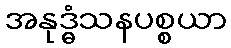
အနုဒ္ဓံသနပစ္စယာ